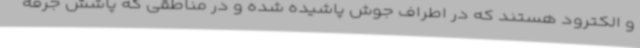
و الکترود هستند که در اطراف جوش پاشیده شده و در مناطقی که پاشش جرقه